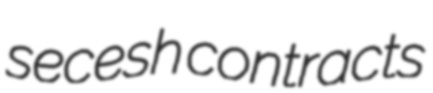
secesh contracts